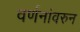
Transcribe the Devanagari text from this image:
वर्णनांवरुन